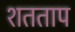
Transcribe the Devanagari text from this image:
शतताप